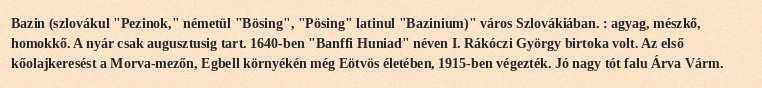
Bazin (szlovákul "Pezinok," németül "Bösing", "Pösing" latinul "Bazinium)" város Szlovákiában. : agyag, mészkő, homokkő. A nyár csak augusztusig tart. 1640-ben "Banffi Huniad" néven I. Rákóczi György birtoka volt. Az első kőolajkeresést a Morva-mezőn, Egbell környékén még Eötvös életében, 1915-ben végezték. Jó nagy tót falu Árva Várm.